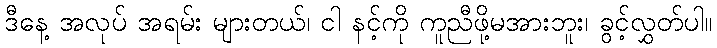
ဒီနေ့ အလုပ် အရမ်း များတယ်၊ ငါ နင့်ကို ကူညီဖို့မအားဘူး၊ ခွင့်လွှတ်ပါ။